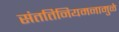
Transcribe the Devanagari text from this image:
संततिनियमनामुळे